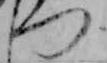
つ